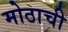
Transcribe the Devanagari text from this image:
मोठाची